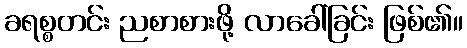
ခရစ္စတင်း ညစာစားဖို့ လာခေါ်ခြင်း ဖြစ်၏။